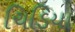
ચિડિયા